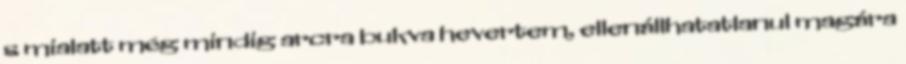
s mialatt még mindig arcra bukva hevertem, ellenállhatatlanul magára